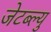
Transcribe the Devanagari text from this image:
जेटब्ल्यु